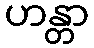
ဟန္တာ